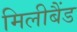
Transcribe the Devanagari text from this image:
मिलीबैंड